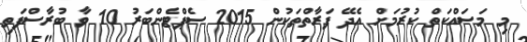
މި މަސައްކަތް ކުރުމަށް އެދޭ ފަރާތްތަކުން 2015 ސެޕްޓެންބަރު 10 ވާ ބުރާސްފަތި